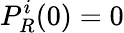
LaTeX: P_{R}^{i}(0)=0